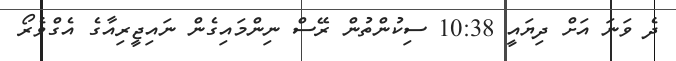
ދެ ވަނަ އަށް ދިޔައީ 10:38 ސިކުންތުން ރޭސް ނިންމައިގެން ނައިޖީރިއާގެ އެގްވެރޯ